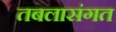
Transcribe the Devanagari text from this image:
तबलासंगत